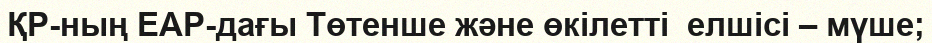
ҚР-ның ЕАР-дағы Төтенше және өкілетті  елшісі – мүше;